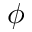
\phi